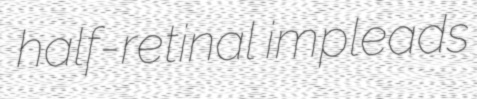
half-retinal impleads